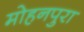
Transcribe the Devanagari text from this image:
मोहनपुरा